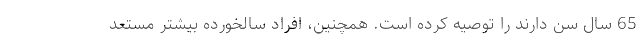
65 سال سن دارند را توصیه کرده است. همچنین، افراد سالخورده بیشتر مستعد